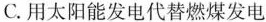
C.用太阳能发电代替燃煤发电